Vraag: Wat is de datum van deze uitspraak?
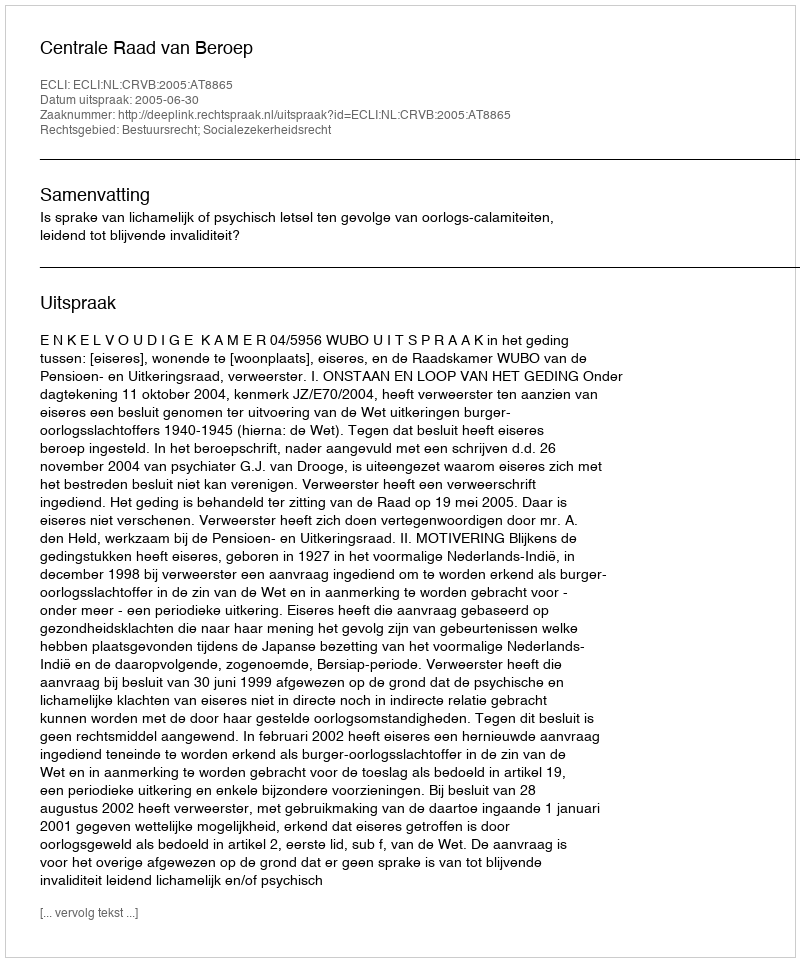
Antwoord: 2005-06-30